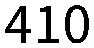
410